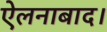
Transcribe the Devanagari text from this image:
ऐलनाबाद।